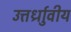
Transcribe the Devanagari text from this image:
उत्तर्ध्राुवीय